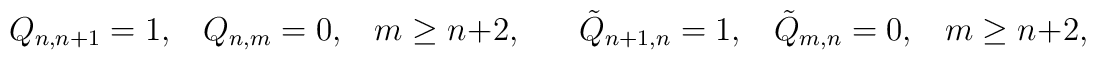
Q_{n,n+1}=1,\;\;\;Q_{n,m}=0,\;\;\;m\geq n+2,\;\;\;\;\;\;\tilde{Q}_{n+1,n}=1,\;\;\;\tilde{Q}_{m,n}=0,\;\;\;m\geq n+2,